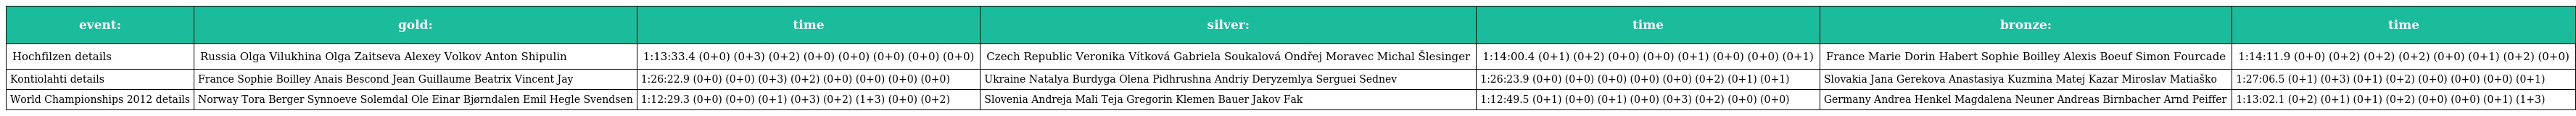
| event: | gold: | time | silver: | time | bronze: | time |
 | --- | --- | --- | --- | --- | --- | --- |
 | Hochfilzen details | Russia Olga Vilukhina Olga Zaitseva Alexey Volkov Anton Shipulin | 1:13:33.4 (0+0) (0+3) (0+2) (0+0) (0+0) (0+0) (0+0) (0+0) | Czech Republic Veronika Vítková Gabriela Soukalová Ondřej Moravec Michal Šlesinger | 1:14:00.4 (0+1) (0+2) (0+0) (0+0) (0+1) (0+0) (0+0) (0+1) | France Marie Dorin Habert Sophie Boilley Alexis Boeuf Simon Fourcade | 1:14:11.9 (0+0) (0+2) (0+2) (0+2) (0+0) (0+1) (0+2) (0+0) |
 | Kontiolahti details | France Sophie Boilley Anais Bescond Jean Guillaume Beatrix Vincent Jay | 1:26:22.9 (0+0) (0+0) (0+3) (0+2) (0+0) (0+0) (0+0) (0+0) | Ukraine Natalya Burdyga Olena Pidhrushna Andriy Deryzemlya Serguei Sednev | 1:26:23.9 (0+0) (0+0) (0+0) (0+0) (0+0) (0+2) (0+1) (0+1) | Slovakia Jana Gerekova Anastasiya Kuzmina Matej Kazar Miroslav Matiaško | 1:27:06.5 (0+1) (0+3) (0+1) (0+2) (0+0) (0+0) (0+0) (0+1) |
 | World Championships 2012 details | Norway Tora Berger Synnoeve Solemdal Ole Einar Bjørndalen Emil Hegle Svendsen | 1:12:29.3 (0+0) (0+0) (0+1) (0+3) (0+2) (1+3) (0+0) (0+2) | Slovenia Andreja Mali Teja Gregorin Klemen Bauer Jakov Fak | 1:12:49.5 (0+1) (0+0) (0+1) (0+0) (0+3) (0+2) (0+0) (0+0) | Germany Andrea Henkel Magdalena Neuner Andreas Birnbacher Arnd Peiffer | 1:13:02.1 (0+2) (0+1) (0+1) (0+2) (0+0) (0+0) (0+1) (1+3) |